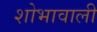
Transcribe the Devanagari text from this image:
शोभावाली